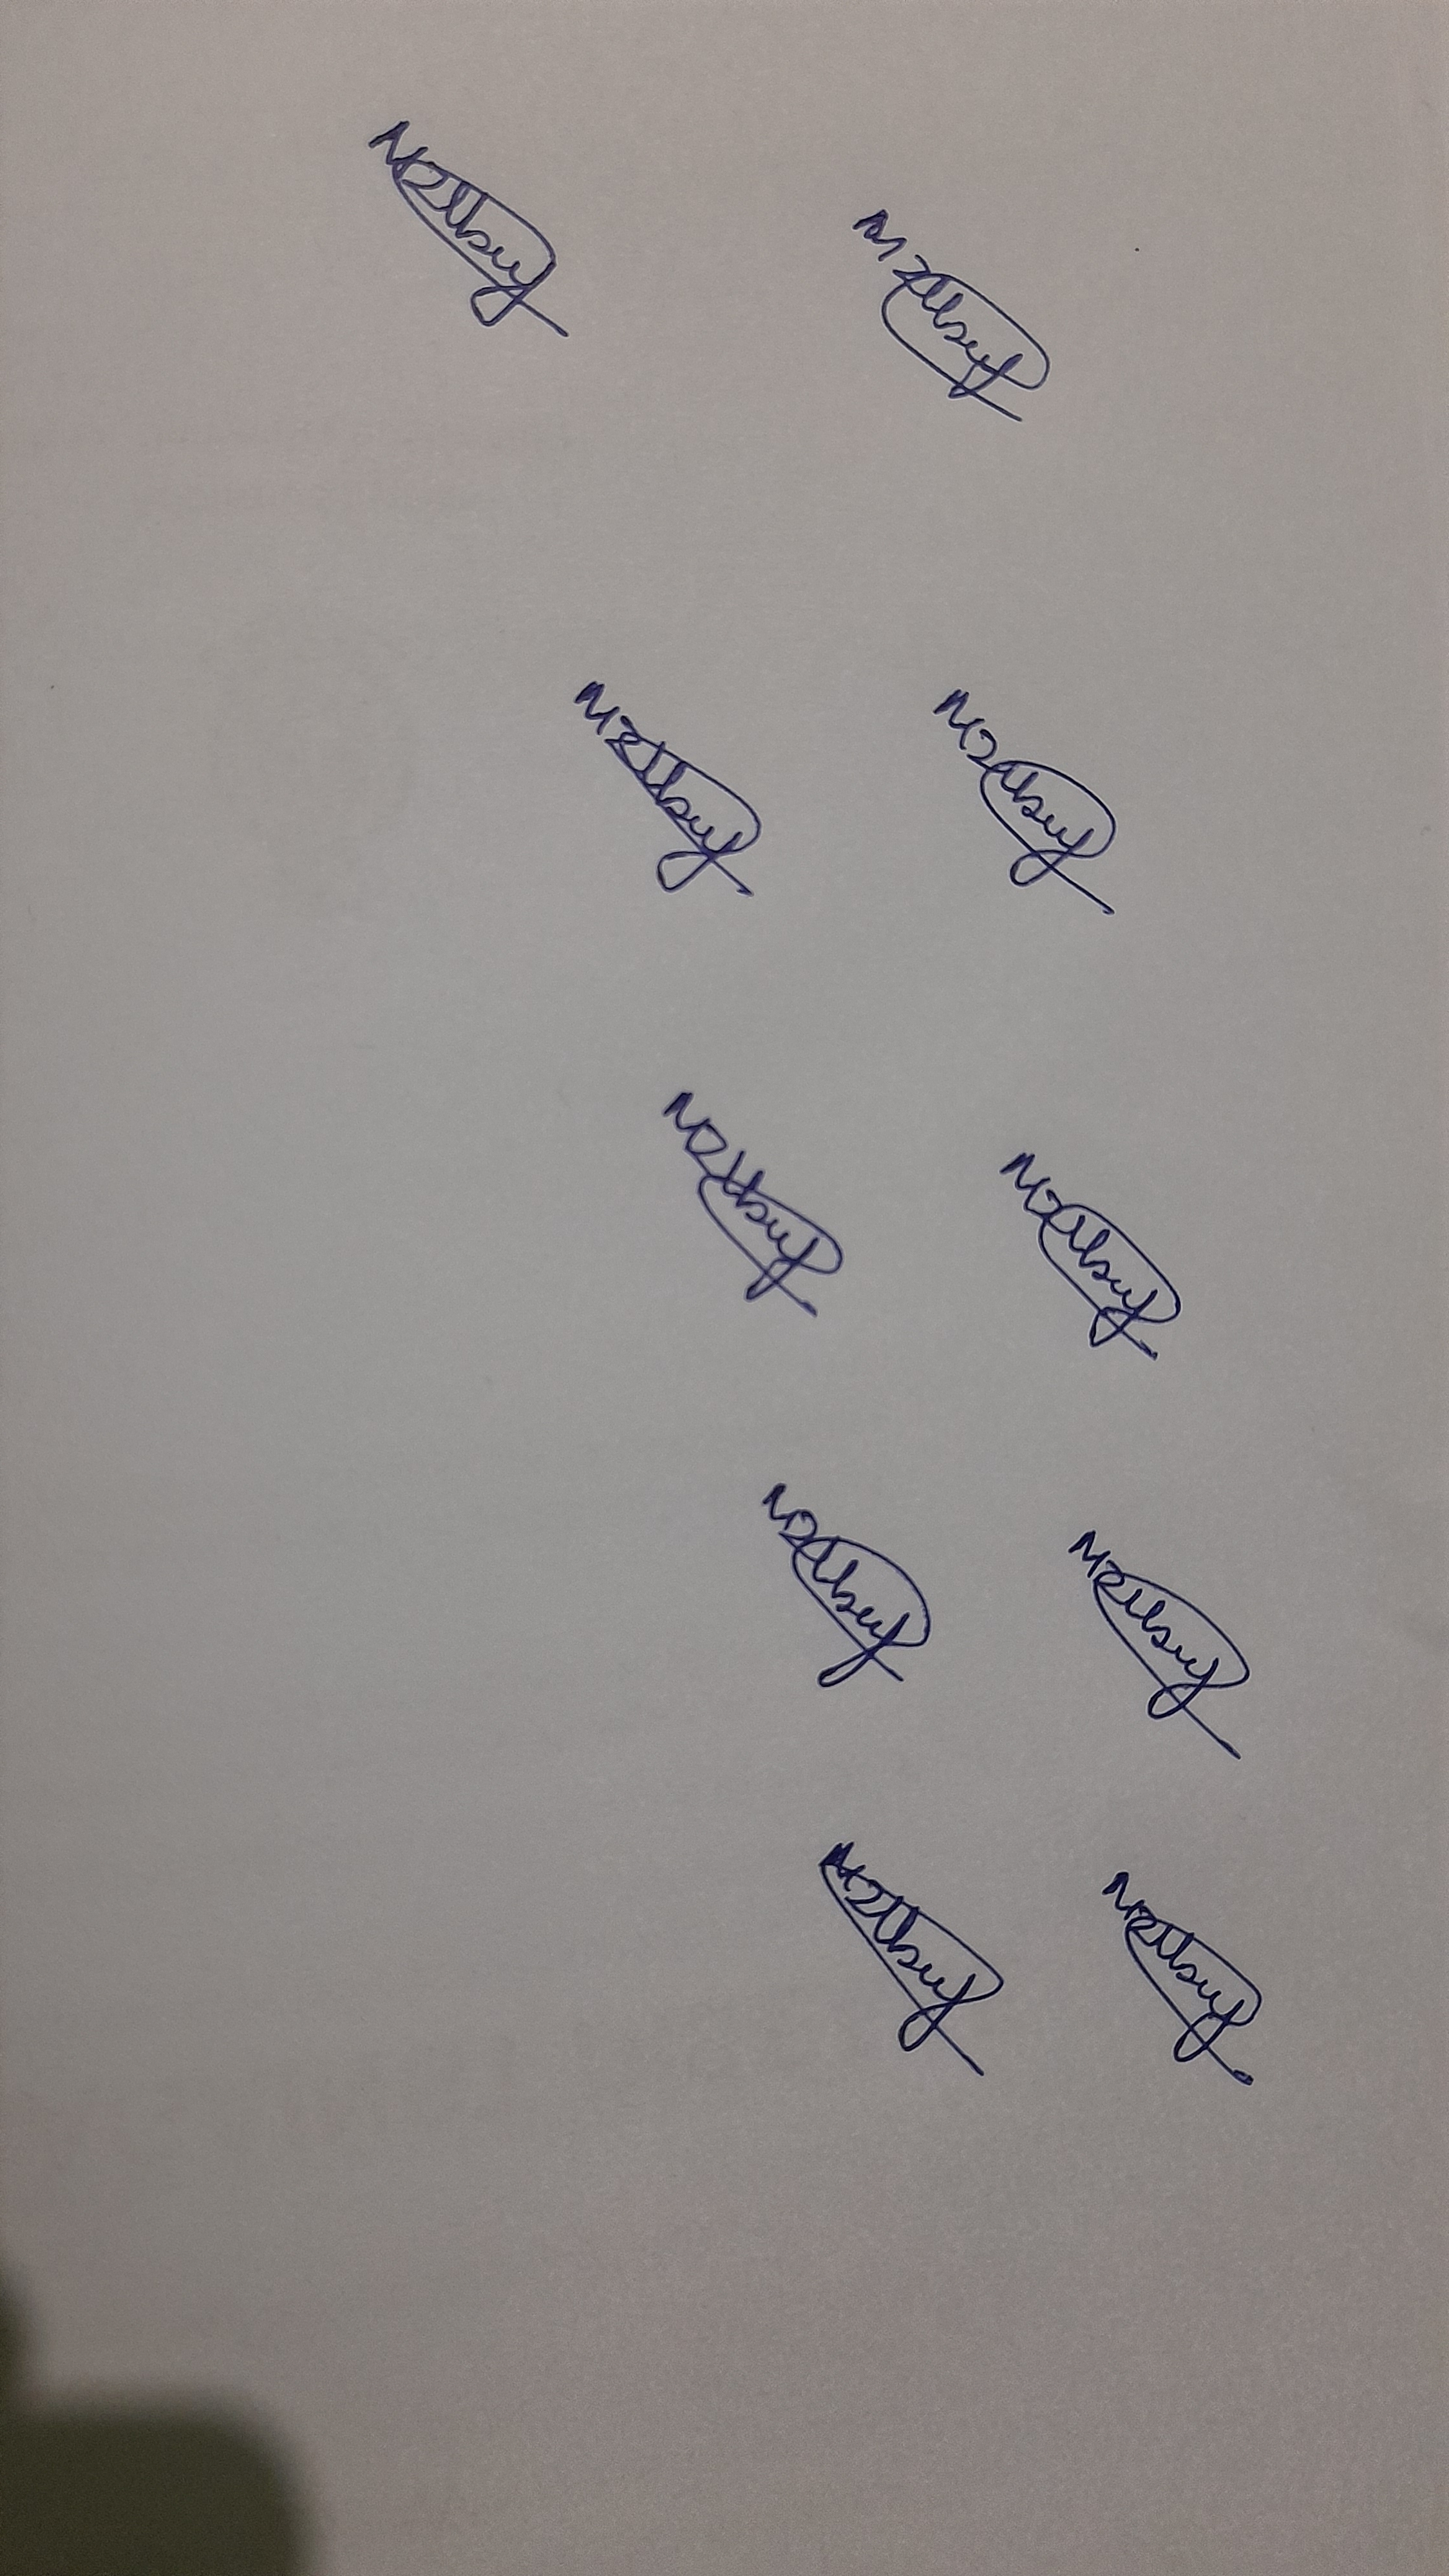
Signature authenticity: genuine